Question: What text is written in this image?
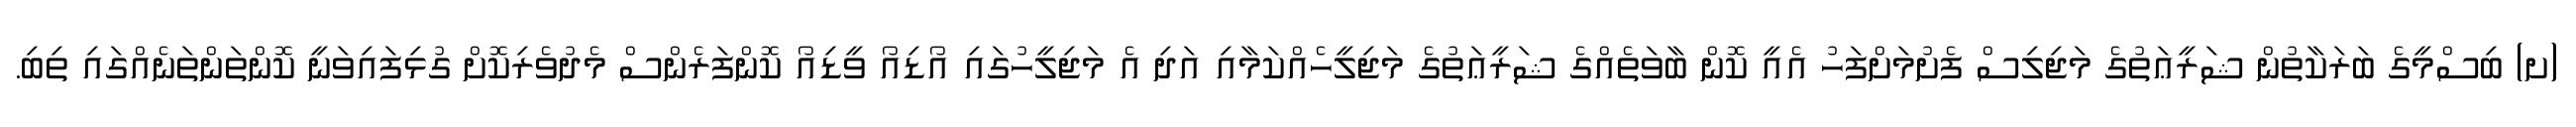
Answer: (ށ) ބިސްމީގެ ބަރަކާތުން ޝަރީޢަތުގެ މަޖިލިސް ފެށުމަށްފަހު އެއީ ކޮން ބާވަތެއްގެ ޝަރީޢަތުގެ މަޖިލީހެއްކަމާއި އަދި އެ މަޖިލީހުގައި އޯޑިއޯ ވީޑިއޯ ކޮންފަރެންސް މެދުވެރިކޮށް ގުޅިފައިވަނީ ކޮންތަންތަނެއްގައި ތިބި.